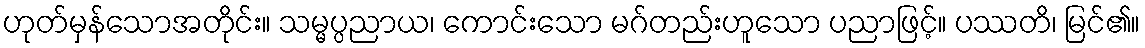
ဟုတ်မှန်သောအတိုင်း။ သမ္မပ္ပညာယ၊ ကောင်းသော မဂ်တည်းဟူသော ပညာဖြင့်။ ပဿတိ၊ မြင်၏။